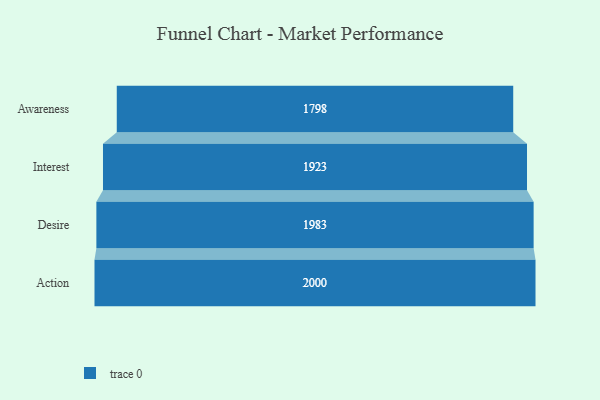
{"axis": {"x": "Stage", "y": "Value"}, "legend": [""], "data": [{"x": "Awareness", "y": 1798.0, "type": ""}, {"x": "Interest", "y": 1923.0, "type": ""}, {"x": "Desire", "y": 1983.0, "type": ""}, {"x": "Action", "y": 2000, "type": ""}]}